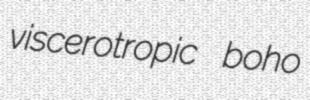
viscerotropic boho